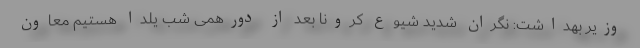
وزیر بهداشت: نگران شدید شیوع کرونا بعد از دورهمی شب یلدا هستیم معاون